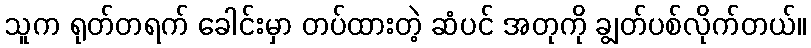
သူက ရုတ်တရက် ခေါင်းမှာ တပ်ထားတဲ့ ဆံပင် အတုကို ချွတ်ပစ်လိုက်တယ်။